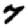
Digit: 7